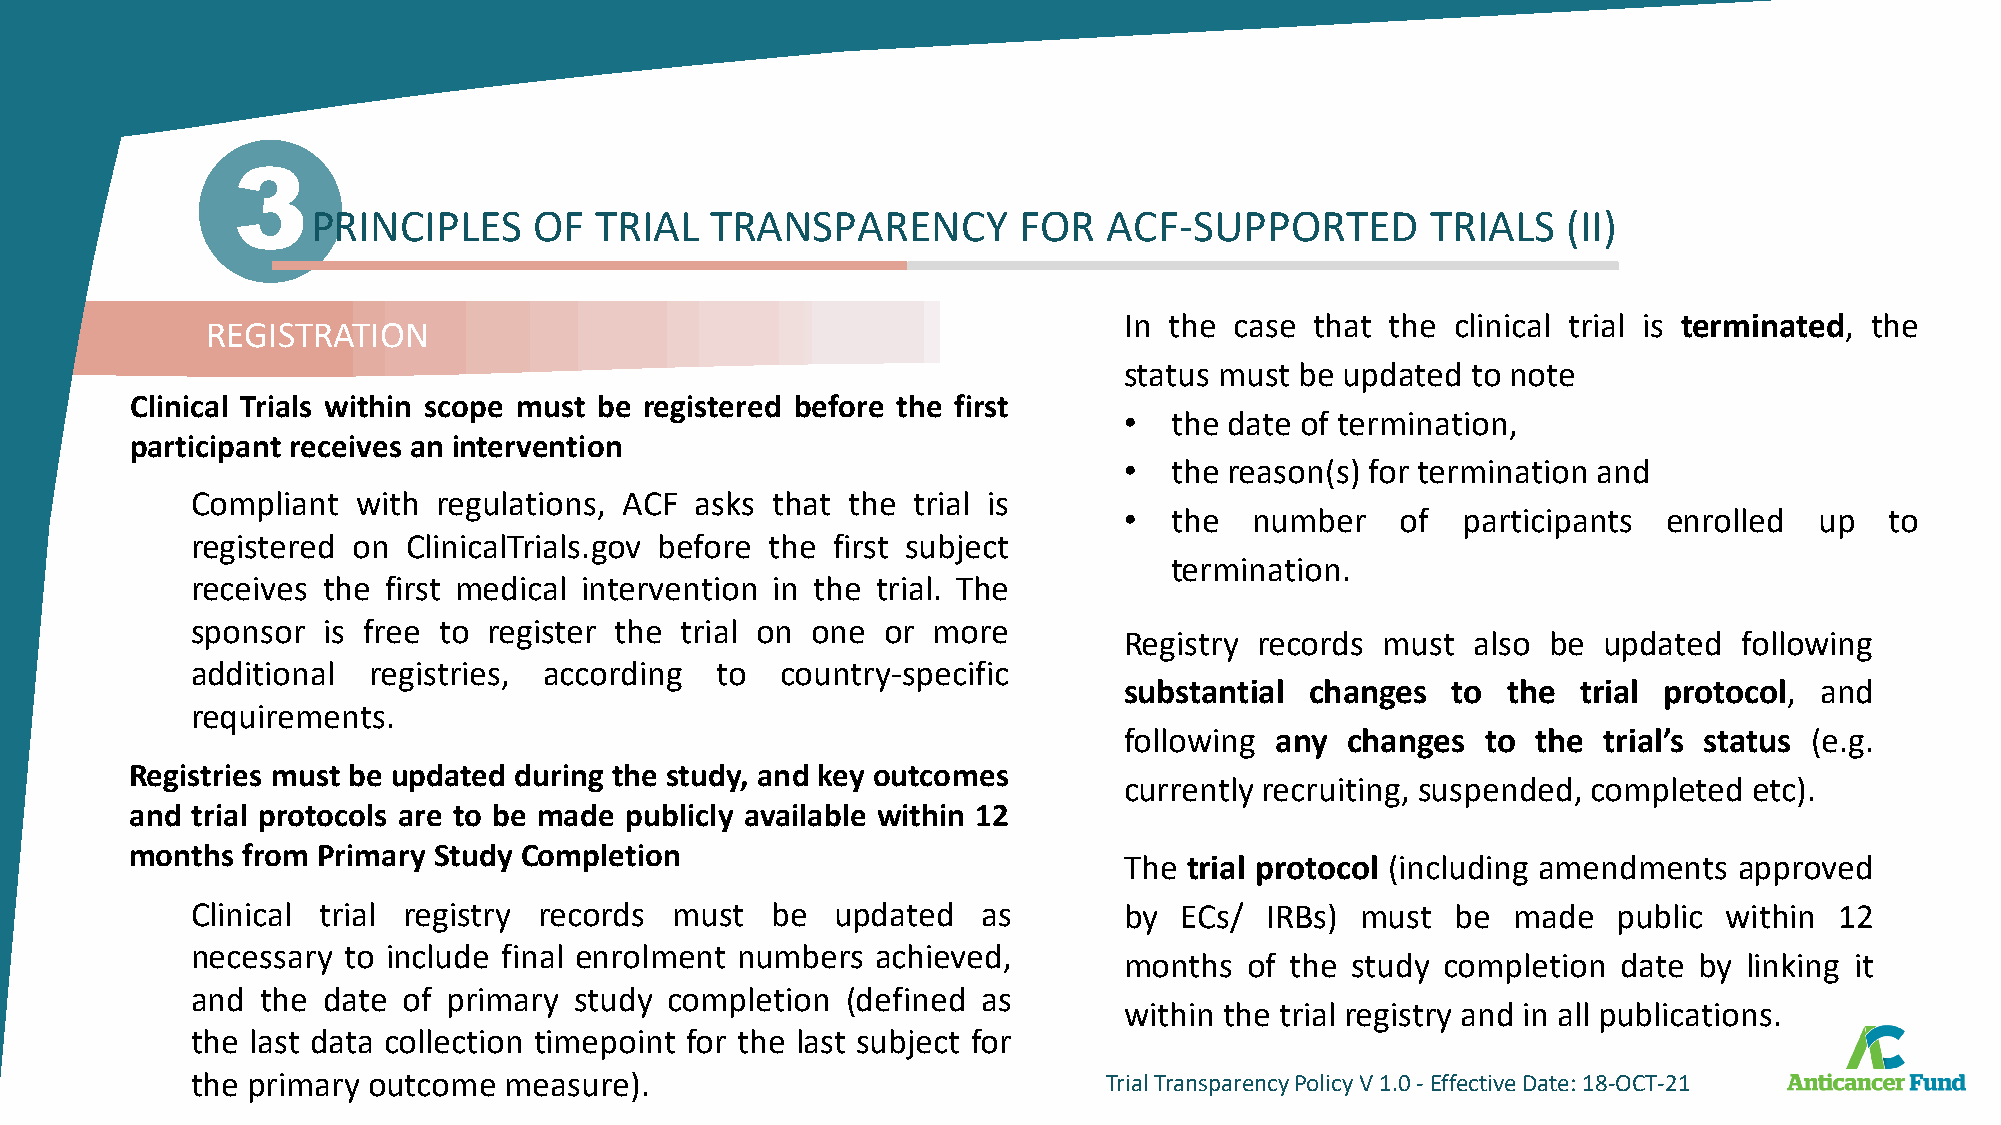
3
 PRINCIPLES    OF  TRIAL   TRANSPARENCY        FOR   ACF-SUPPORTED         TRIALS   (II)
 In the  case that the clinical trial is terminated, the
 REGISTRATION
 status must be updated to note
 Clinical Trials within scope must be registered before the first
 •  the date of termination,
 participant receives an intervention
 •  the reason(s) for termination and
 Compliant  with regulations, ACF asks that the trial is
 •  the   number    of  participants enrolled  up   to
 registered on ClinicalTrials.gov before the first subject
 termination.
 receives the first medical intervention in the trial. The
 sponsor is free to register the trial on one or  more
 Registry records must  also be  updated  following
 additional registries, according  to   country-specific
 substantial  changes  to  the  trial protocol, and
 requirements.
 following any  changes  to  the trial’s status (e.g.
 Registries must be updated during the study, and key outcomes
 currently recruiting, suspended, completed etc).
 and trial protocols are to be made publicly available within 12
 months from Primary Study Completion
 The  trial protocol (including amendments approved
 Clinical trial registry records must  be  updated   as       by  ECs/  IRBs) must  be  made   public within  12
 necessary to include final enrolment numbers achieved,
 months  of the study  completion date by  linking it
 and the date  of primary study completion  (defined as
 within the trial registry and in all publications.
 the last data collection timepoint for the last subject for
 the primary outcome measure).                               TrialTransparencyPolicyV1.0-EffectiveDate:18-OCT-21